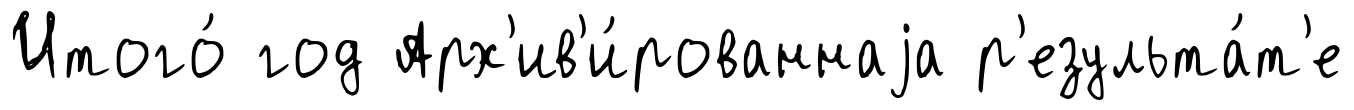
Итого́ год Арх'ив'и́рованнаjа р'езульта́т'е